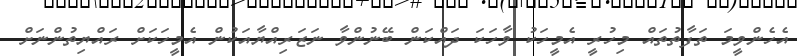
އެހެންވީމަ ތަފާތުތައް މިހުރީ އެމީހަކު ވާހަކަ ދައްކަން ބޭނުންވާ ނަޒަރިއްޔާއަކުން އެމީހަކަށް ރައްޔިތުންނަށް